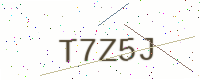
Text: T7Z5J